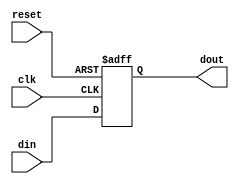
module PC(
  input clk,
  input reset,
  input [31:0] din,
  
  output reg[31:0] dout
  );
  
  always@(posedge clk or posedge reset)
  begin
    if(reset) 
      dout <= 32'h3000;   //initial pc 
    else 
      dout <= din;        //renew pc
      $display(" PC_current :0x%x ", dout); //display the current pc
  end

endmodule